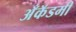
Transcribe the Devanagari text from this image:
अँकॅडमी